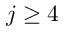
j \geq 4